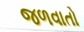
જળવાતો